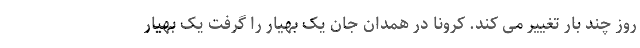
روز چند بار تغییر می کند. کرونا در همدان جان یک بهیار را گرفت یک بهیار